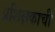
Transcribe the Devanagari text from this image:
प्रशिक्षकाची